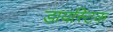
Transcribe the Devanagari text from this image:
डायस्टिक